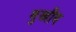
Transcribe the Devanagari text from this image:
मुखीय